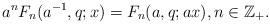
LaTeX: \begin{align*}a^{n}F_{n}(a^{-1},q;x)=F_{n}(a,q;ax),n\in\mathbb{Z}_{+}.\end{align*}